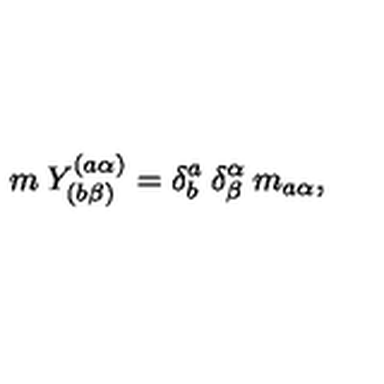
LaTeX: m \: Y _ { ( b \beta ) } ^ { ( a \alpha ) } = \delta _ { b } ^ { a } \: \delta _ { \beta } ^ { \alpha } \: m _ { a \alpha } ,